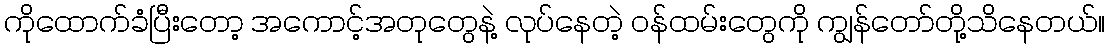
ကိုထောက်ခံပြီးတော့ အကောင့်အတုတွေနဲ့ လုပ်နေတဲ့ ၀န်ထမ်းတွေကို ကျွန်တော်တို့သိနေတယ်။